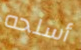
أسلحه